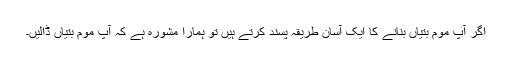
اگر آپ موم بتیاں بنانے کا ایک آسان طریقہ پسند کرتے ہیں تو ہمارا مشورہ ہے کہ آپ موم بتیاں ڈالیں۔